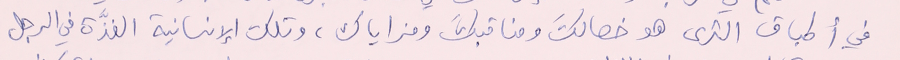
في أطباق الثرى هو خصالكَ ومناقبكَ ومزاياك، وتلك الإنسانية الفذّة في الرجل